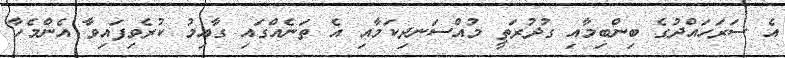
އެ ސަރަހައްދުގެ ބިންބިމާއި ގުދުރަތީ މުއްސަނދިކަމާއި އެ ތަނެއްގައި ގާއިމު ކުރެވިފައިވާ އެންމެހާ